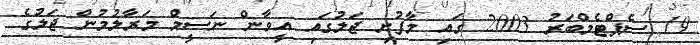
19 ސެޕްޓެމްބަރު 2003 ގައި މާފުށި ޖަލުގައި އީވާން ނަސީމް މަރާލުމުން ޖަލުގެ